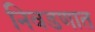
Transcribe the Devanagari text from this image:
निवडणात